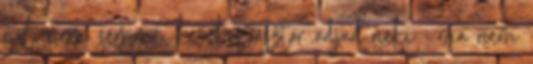
gól, nem semmi. kecskepásztor adjad neki : ma nem